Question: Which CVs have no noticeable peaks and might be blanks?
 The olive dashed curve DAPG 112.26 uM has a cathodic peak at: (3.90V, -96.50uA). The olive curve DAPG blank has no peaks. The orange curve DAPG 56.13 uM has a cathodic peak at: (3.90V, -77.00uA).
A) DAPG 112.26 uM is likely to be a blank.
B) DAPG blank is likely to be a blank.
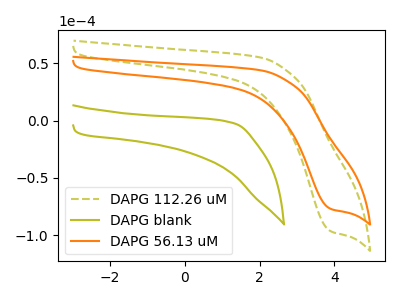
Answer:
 <answer>B) "DAPG blank" is likely to be a blank.</answer>
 <eval>B</eval>